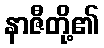
နာဇီတို့၏